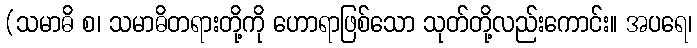
(သမာဓိ စ၊ သမာဓိတရားတို့ကို ဟောရာဖြစ်သော သုတ်တို့လည်းကောင်း။ အပရေ၊